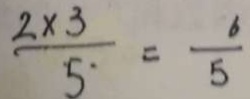
\frac { 2 \times 3 } { 5 } = \frac { 6 } { 5 }